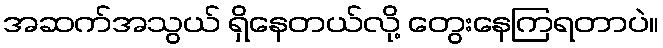
အဆက်အသွယ် ရှိနေတယ်လို့ တွေးနေကြရတာပဲ။